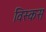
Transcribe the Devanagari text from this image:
विस्कस